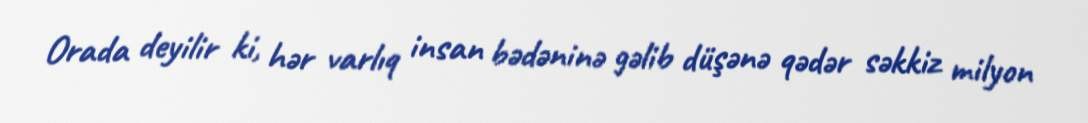
Orada deyilir ki, hər varlıq insan bədəninə gəlib düşənə qədər səkkiz milyon